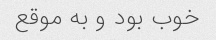
خوب بود و به موقع